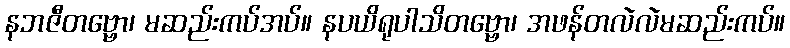
နဘဇီတဗ္ဗော၊ မဆည်းကပ်အပ်။ နပယိရုပါသိတဗ္ဗော၊ အဖန်တလဲလဲမဆည်းကပ်။